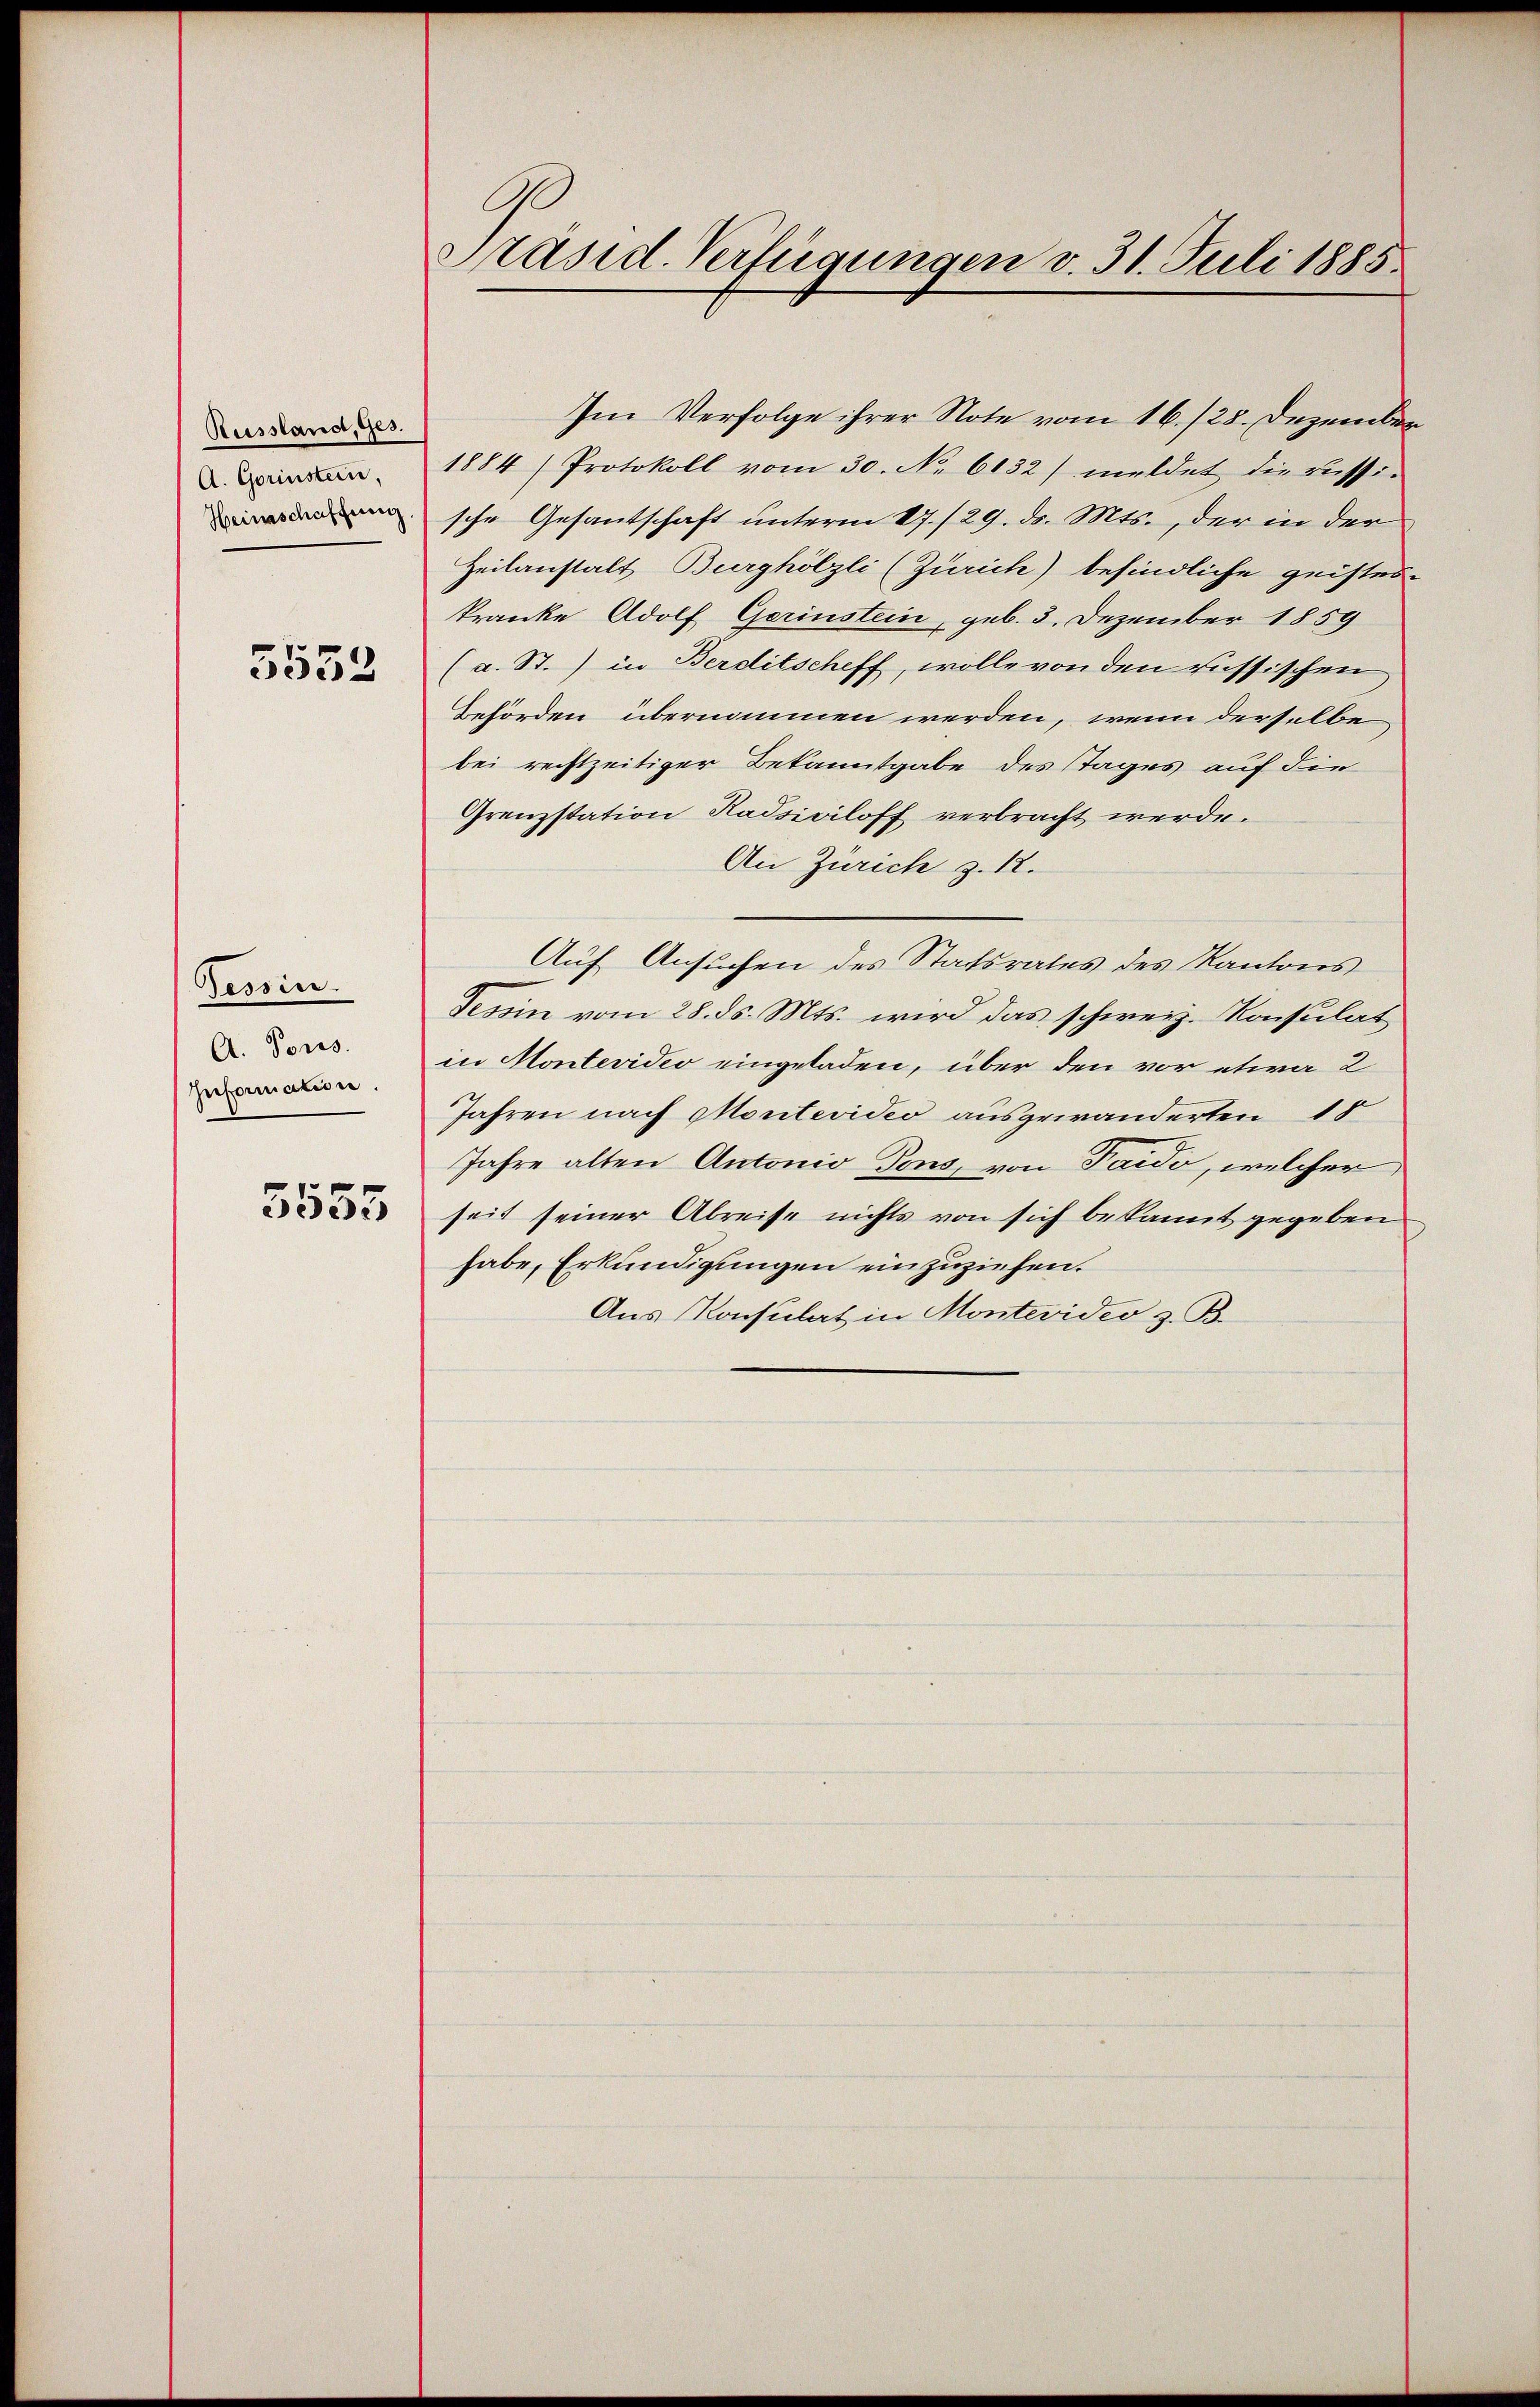
Russland, Ges.
A. Gorinstein,
Heinschaffung.

5552

Tessin.
A. Pors.
Information.

5555

Präsid. Verfügungen v. 31. Juli 1885.

Im Verfolge ihrer Note vom 16./25. Dezember
1884 (Protokoll vom 30. No. 6132) meldet die russi-
sche Gesantschaft unterm 17./29. ds. Mts., der in der
Heilanstalt Burghölzli (Zürich) befindliche geistes-
kranke Adolf Gerinstein, geb. 3. Dezember 1859
(a. St.) in Berditscheff, wolle von den russischen
Behörden übernommen werden, wenn derselbe
bei rechtzeitiger Bekanntgabe des Tages auf die
Grenzstation Kassiviloff verbracht werde.
An Zürich z. 12.
Auf Ansuchen des Statsrates des Kantons
Tessin vom 28. ds. Mts. wird das schweiz. Konsulat
in Montevidio eingeladen, über den vor etwa 2
Jahren nach Montevideo ausgewänderten 18
Jahre alten Antonio Tons, von Taido, welcher
seit seiner Abreise nichts von sich bekannt gegeben
habe, Erkundigungen einzuziehen.
Aus Konsulat in Montevideo z. B.